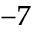
^ { - 7 }